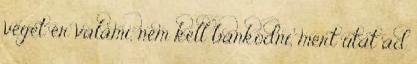
véget ér valami, nem kell bánkódni, mert utat ad